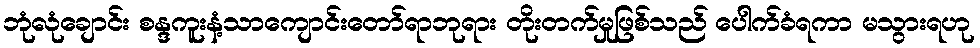
ဘုံလုံချောင်း စန္ဒကူးနံ့သာကျောင်းတော်ရာဘုရား တိုးတက်မှုဖြစ်သည် ပေါက်ခံရကာ မသွားရဟု